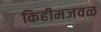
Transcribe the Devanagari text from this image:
किहीमजवळ